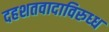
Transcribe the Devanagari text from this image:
दहशतवादाविरुध्ध